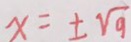
x = \pm \sqrt { 9 }